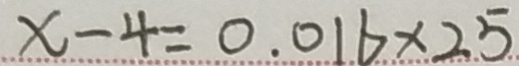
x - 4 = 0 . 0 1 6 \times 2 . 5